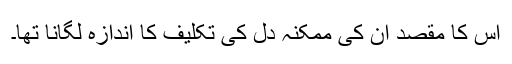
اس کا مقصد ان کی ممکنہ دل کی تکلیف کا اندازہ لگانا تھا۔